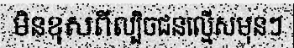
មិនខុសពីល្បិចជនល្មើសមុនៗ